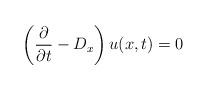
LaTeX: \begin{align*}\left(\frac{\partial}{\partial t}-D_x\right)u(x,t)=0\end{align*}